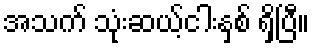
အသက် သုံးဆယ့်ငါးနှစ် ရှိပြီ။